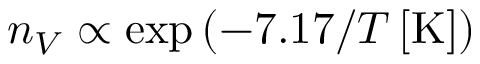
n _ { V } \propto \exp \left( - 7 . 1 7 / T \left[ \mathrm { K } \right] \right)